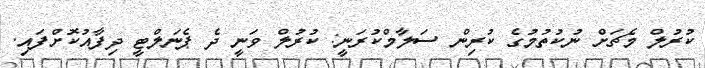
ކުރުލް މެޗަށް ނުކުތުމުގެ ކުރިން ސަލާމްކުރަނީ: ކުރުލް ވަނީ ދެ ޕެނަލްޓީ ދިފާއުކޮށްފައި.